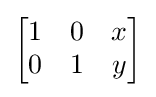
\textstyle {\begin{bmatrix}1&0&x\\0&1&y\end{bmatrix}}